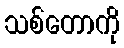
သစ်တောကို